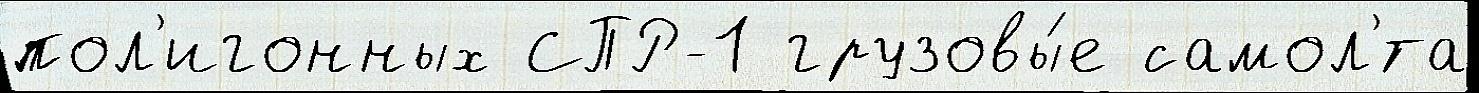
пол'игонных СПР-1 грузовы́е самол'́та